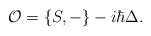
LaTeX: \begin{align*} \mathcal{O} = \{S,-\}-i\hbar\Delta.\end{align*}